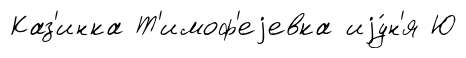
Каз'инка Т'имоф'еjевка иjу́н'я Ю